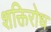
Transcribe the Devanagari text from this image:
शक्तिरोध